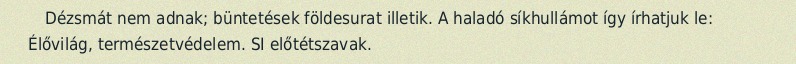
Dézsmát nem adnak; büntetések földesurat illetik. A haladó síkhullámot így írhatjuk le: Élővilág, természetvédelem. SI előtétszavak.